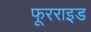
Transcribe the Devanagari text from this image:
फूरराइड